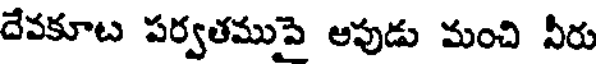
దేవకూట పర్వతముపై అపుడు మంచి వీరు